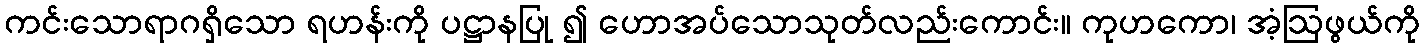
ကင်းသောရာဂရှိသော ရဟန်းကို ပဋ္ဌာနပြု ၍ ဟောအပ်သောသုတ်လည်းကောင်း။ ကုဟကော၊ အံ့ဩဖွယ်ကို